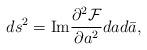
LaTeX: \begin{align*}d s^2 = \hbox {Im} \frac {\partial^2 {\cal F}}{\partial a^2} dad\bar{a},\end{align*}